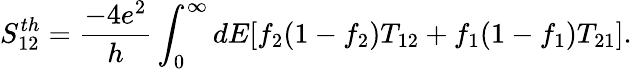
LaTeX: S_{12}^{th}=\frac{-4e^{2}}{h}\int_{0}^{\infty}dE[f_{2}(1-f_{2})T_{12}+f_{1}(1-f_{1})T_{21}].